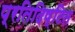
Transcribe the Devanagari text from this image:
प्रतिदिष्टित